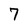
Character: 7